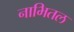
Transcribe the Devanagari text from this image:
नाभितल